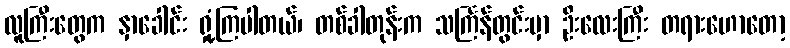
လူကြီးတွေက နှာခေါင်း ရှုံ့ကြပါတယ်၊ တစ်ခါတုန်းက သင်္ကြန်တွင်းမှာ ဦးလေးကြီး တရားဟောတော့